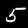
Label: 5